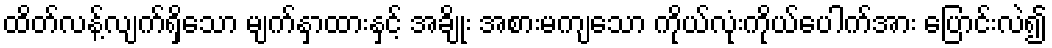
ထိတ်လန့်လျက်ရှိသော မျက်နှာထားနှင့် အချိုး အစားမကျသော ကိုယ်လုံးကိုယ်ပေါက်အား ပြောင်းလဲ၍